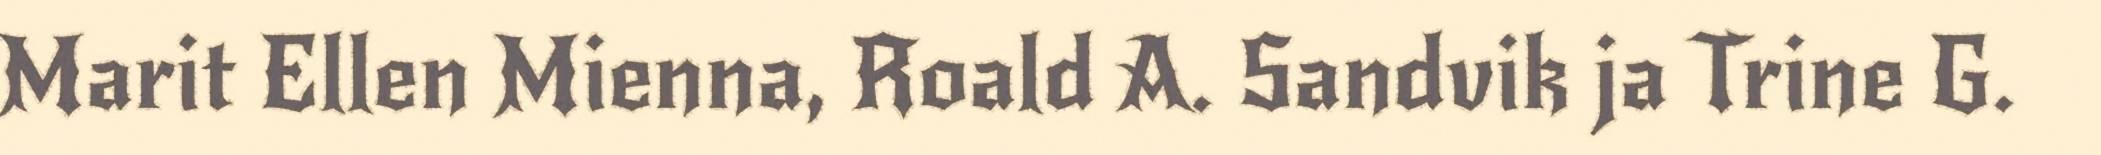
Marit Ellen Mienna, Roald A. Sandvik ja Trine G.